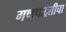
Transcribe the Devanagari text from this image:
गणपद्धतीचा